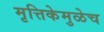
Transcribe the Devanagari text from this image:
मृत्तिकेमुळेच